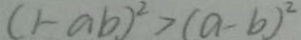
( 1 - a b ) ^ { 2 } > ( a - b ) ^ { 2 }